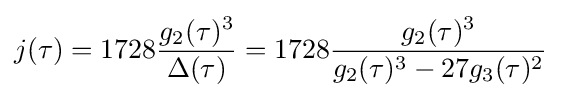
j(\tau )=1728{\frac {g_{2}(\tau )^{3}}{\Delta (\tau )}}=1728{\frac {g_{2}(\tau )^{3}}{g_{2}(\tau )^{3}-27g_{3}(\tau )^{2}}}